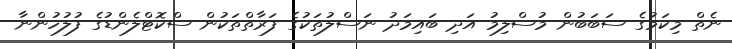
ނެތް މިކަމުގެ ސަބަބުން މުސްލިމު އަދި ބައިމަދު ނަސްލުތަކުގެ ފަރާތްތަކުން ސްކޮޓްލެންޑުގެ ފުލުހުންނާ